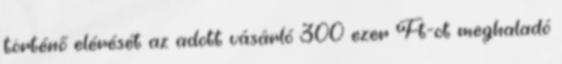
történő elérését az adott vásárló 300 ezer Ft-ot meghaladó